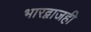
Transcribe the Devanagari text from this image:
भारद्वाजही